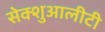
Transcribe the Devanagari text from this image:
सेक्शुआलीटी